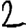
Digit: 2